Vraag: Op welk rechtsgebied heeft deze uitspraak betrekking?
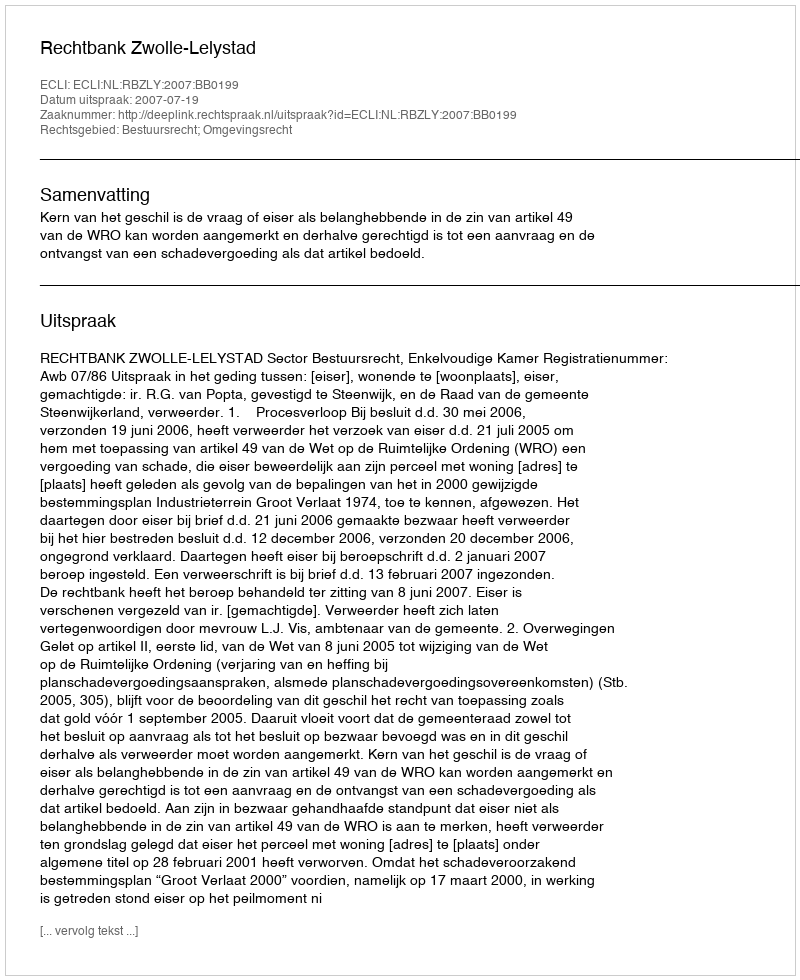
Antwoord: Bestuursrecht; Omgevingsrecht